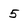
Character: 5